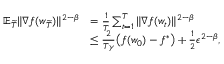
\begin{array} { r l } { \mathbb { E } _ { \widetilde { T } } \| \nabla f ( w _ { \widetilde { T } } ) \| ^ { 2 - \beta } } & { = \frac { 1 } { T } \sum _ { t = 1 } ^ { T } \| \nabla f ( w _ { t } ) \| ^ { 2 - \beta } } \\ & { \le \frac { 2 } { T \gamma } \big ( f ( w _ { 0 } ) - f ^ { * } \big ) + \frac { 1 } { 2 } \epsilon ^ { 2 - \beta } , } \end{array}